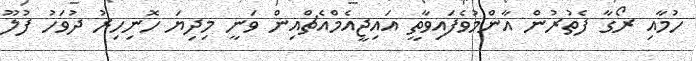
ހުމާއި ރޯގާ ފެތުރުން އާންމުވެފައިވާތީ އައިޖީއެމްއެޗްއިން ވަނީ މިދިޔަ ހޮނިހިރު ދުވަހު ފުލޫ